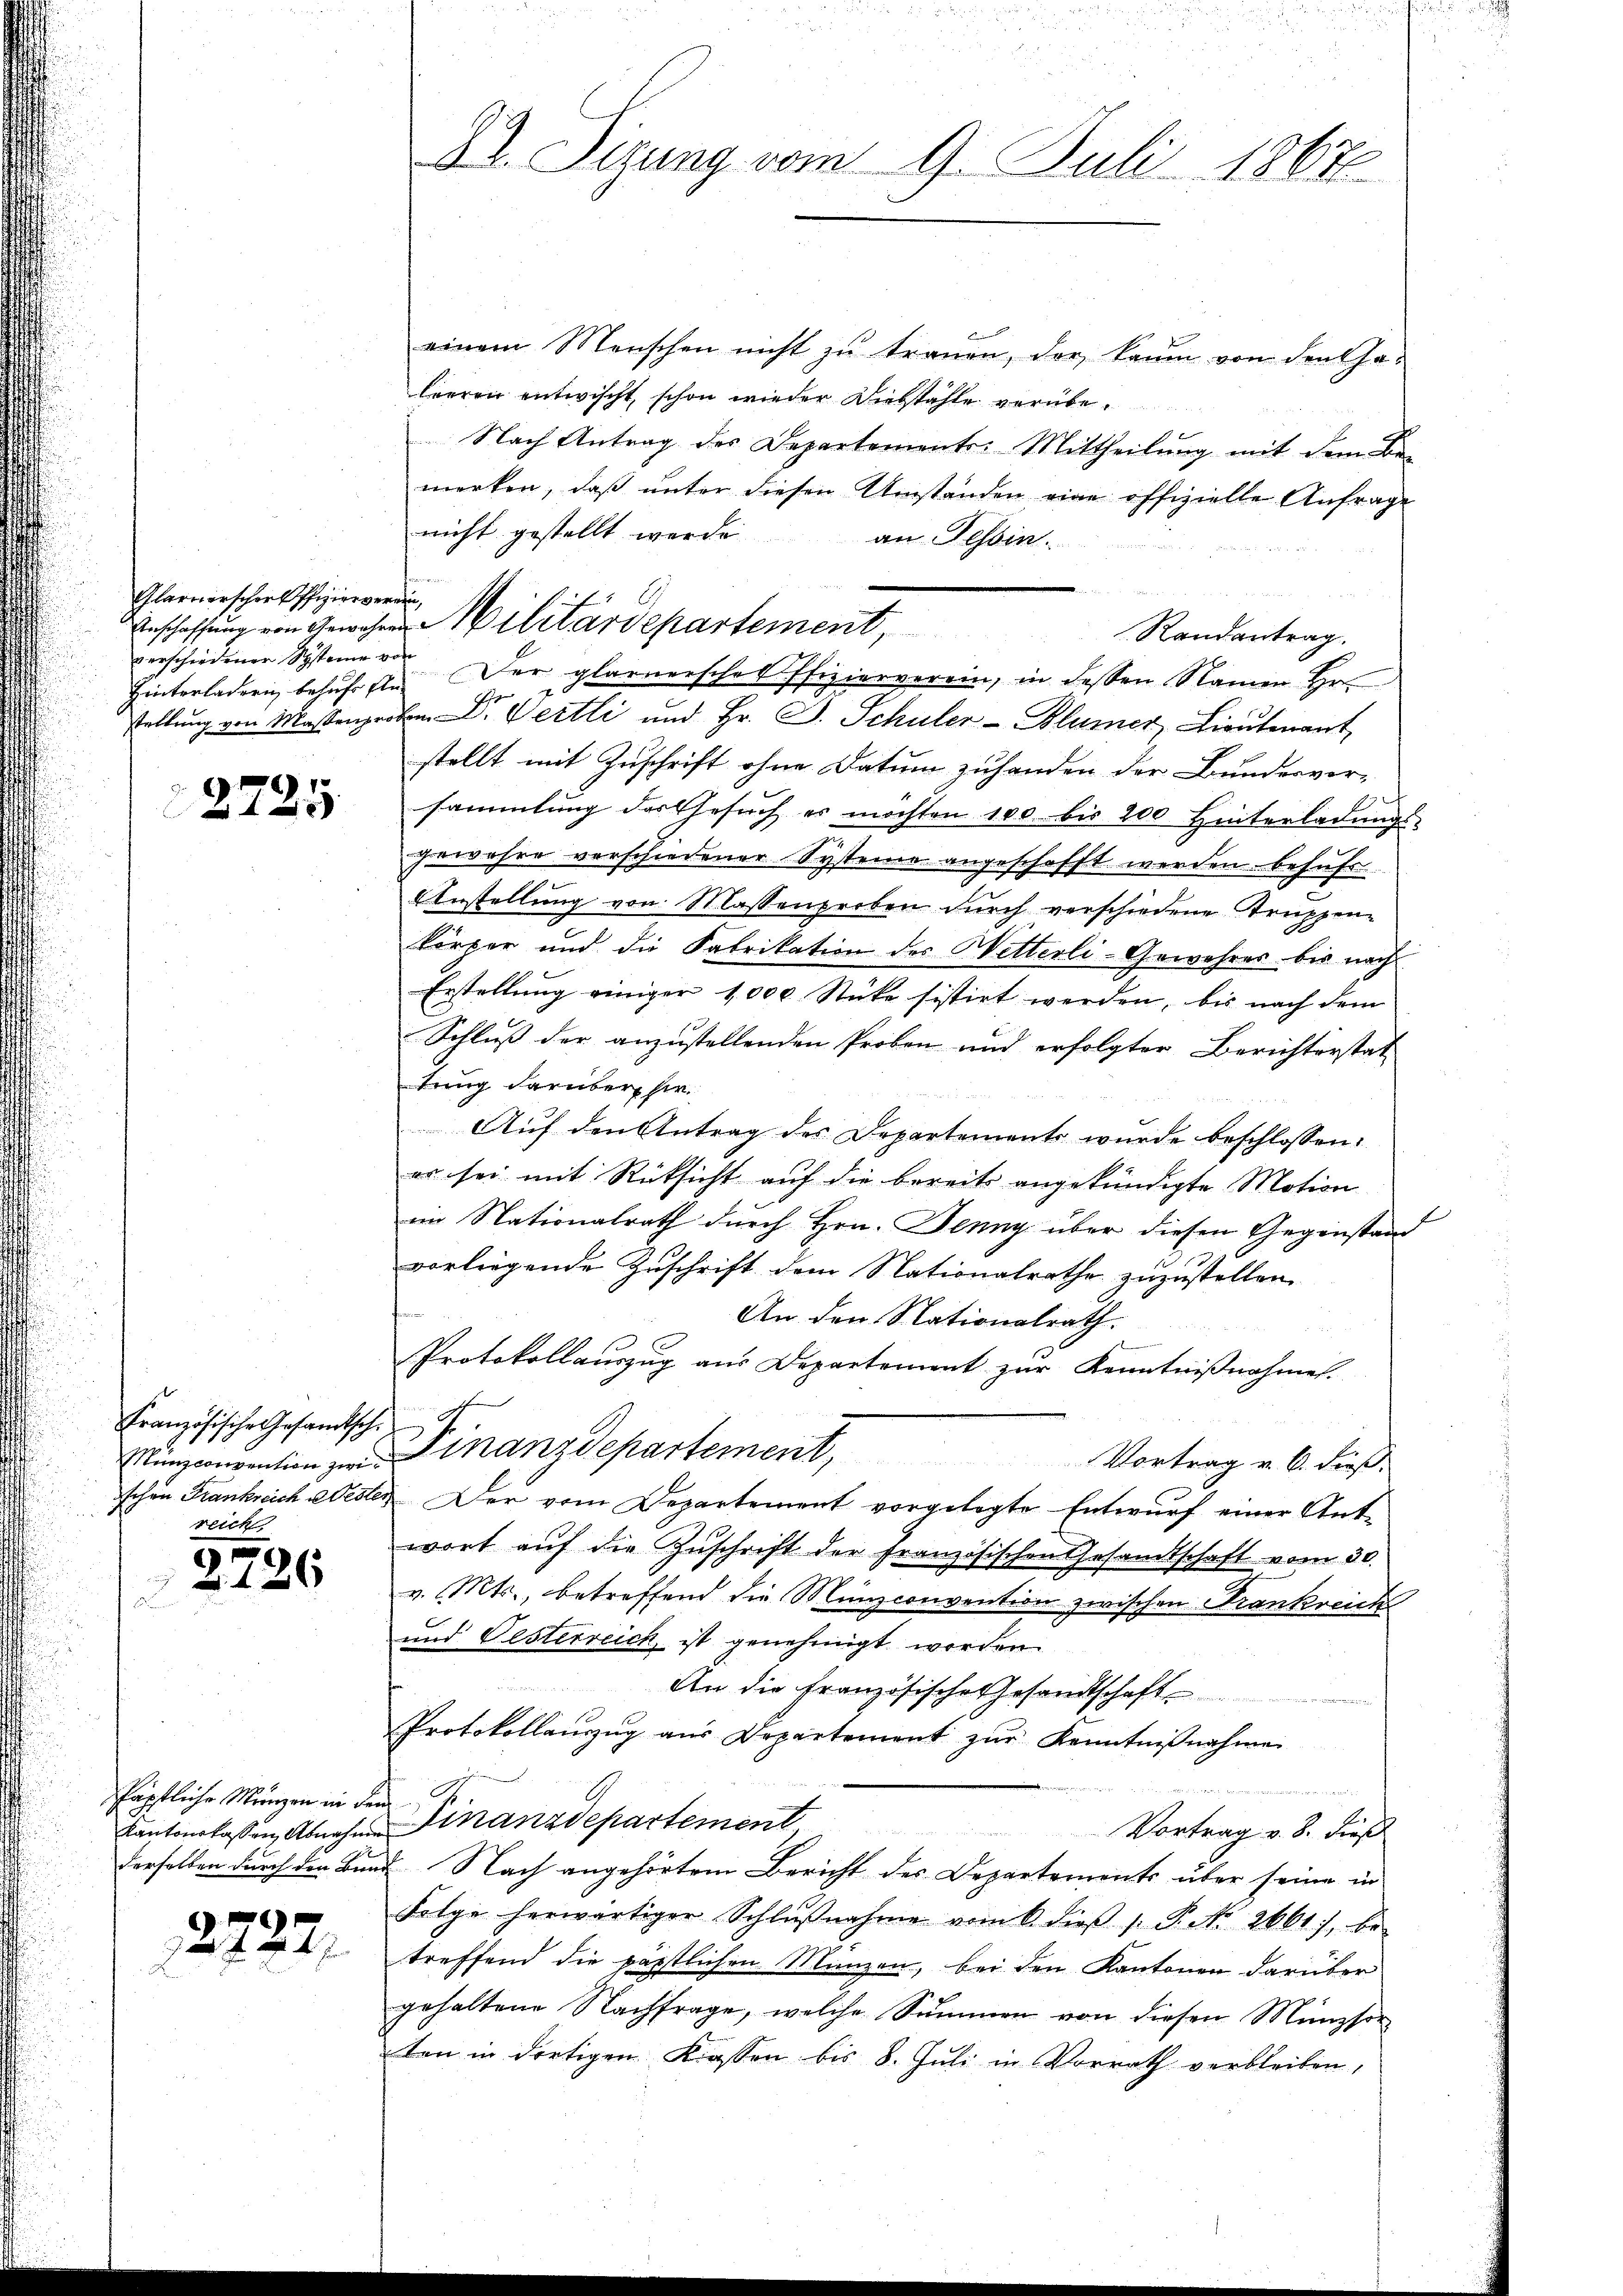
Glarnerschael Pfizier verain,
verschiedener Systeine von

2725

Französische Gesandtsch.
Münzconvention zwichen Frankreich a Oester
reich

2726

Päpfliche Menzen in den
Kantonskassen, Abnahme
derselben durch den Bun

2722,

d
Dr. Sizung vom 9. Juli 1867

einem Menschen nicht zŭ trauen, der kaum von den ha-
leeren entwischt, schon wieder Diebstähle vorübe¬
Nach Antrag des Departements: Mittheilung mit dem Bemerken, daβ ŭnter diesen Umständen eine offizielle Anfrage
nicht gestellt werde
an Tessin.
Randantrag
Hinterladern behuf sei. Der Glarnersches Pfizierverein, in dessen Namen. Hr.
 7
stellung von Massenproben D. Wertli und Hr. J. Schuler-Blumer, Lieutenant
stellt mit Zuschrift ohne Datum zuhanden der Bundesver-
sammlung des Gesŭch es möchten 100. bis 200 Hinterladungs-
gewahre verschiedener Systeme angeschafft werden befuhr.
AAnstellung von Massenproben durch verschiedene Truppen-
körper und die Fabrikation des Wetterli-Gewehres bis nach
Erstellung einiger 1000 Stücke sistirt werden, bis nach dem
Schluß der anzustellenden Proben und erfolgter Berichterstat
trug darüber hie
Auf den Antrag des Departements wurde beschlossen:
er sei mit Rücksicht auf die bereits angekündigte Motion
im Nationalrath durch Hrn. Jenny über diesen Gegenstand
vorliegende Zuschrift dem Nationalrathe zuzustellen.
An den Nationalrath.
Protokollauszug aus Departement zur Kenntnißnahmen.
h d
Finanzdepartement,
Vortrag v. 6. dieß.
 Der vom Departement vorgelegte Entwurf einer Ant-
wort aŭf die Zŭschrift der französischen Gesamtschaft vom 30.
v. Mts., betreffend die Münzconvention zwischen Krankreich
und Festerreich ist genehmigt worden.
An die Französische Gesandtschaft
Protokollaŭszŭg aŭs Departement zŭr Kenntniβnahme

Finanzdepartement
Vortrag v. 8. dies
2. Nach angehörtem Bericht des Departements über seine in
Folge herwärtiger Schlŭβnahme vom 6. dieβ 1. P. No. 2661), be-
treffend die päpstlichen Münzen, bei den Kantonen darüber
gehaltene Nachfrage, welche Summen von diesen Münzsor
ten in dortigen Klassen bis 8. Juli in Vorrath verbleiben,

Militärdepartement,